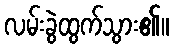
လမ်းခွဲထွက်သွား၏။